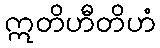
ဣတိဟီတိဟံ